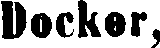
Dockor,